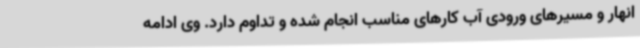
انهار و مسیرهای ورودی آب کارهای مناسب انجام شده و تداوم دارد. وی ادامه